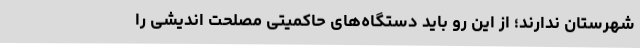
شهرستان ندارند؛ از این رو باید دستگاه‌های حاکمیتی مصلحت اندیشی را